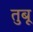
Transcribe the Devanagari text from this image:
तुबू